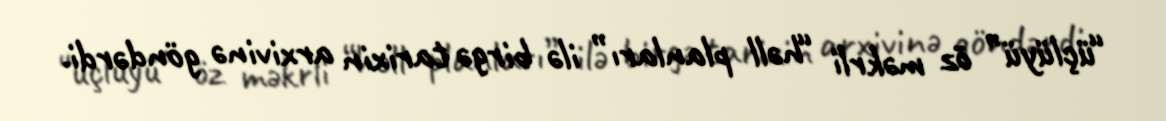
“üçlüyü” öz məkrli “həll planları” ilə birgə tarixin arxivinə göndərdi.